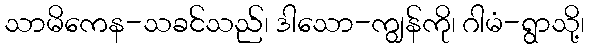
သာမိကေန-သခင်သည်၊ ဒါသော-ကျွန်ကို၊ ဂါမံ-ရွာသို့၊